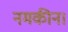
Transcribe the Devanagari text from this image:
नमकीन।